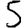
Digit: 5